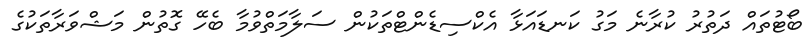
ބޯޓުތައް ދަތުރު ކުރާނެ މަގު ކަނޑައަޅާ އެކްސިޑެންޓްތަކުން ސަލާމަތްވުމާ ބެހޭ ގޮތުން މަޝްވަރާތަކުގެ